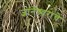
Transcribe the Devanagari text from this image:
ज्ञानेश्र्वरांचे